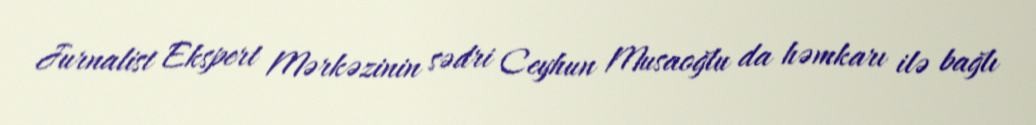
Jurnalist Ekspert Mərkəzinin sədri Ceyhun Musaoğlu da həmkarı ilə bağlı